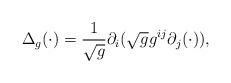
LaTeX: \begin{align*}\Delta_g (\cdot) = \frac{1}{\sqrt{g}} \partial_i (\sqrt{g} g^{ij} \partial_j (\cdot) ),\end{align*}